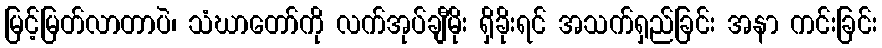
မြင့်မြတ်လာတာပဲ၊ သံဃာတော်ကို လက်အုပ်ချီမိုး ရှိခိုးရင် အသက်ရှည်ခြင်း အနာ ကင်းခြင်း